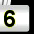
Digit: 6